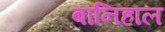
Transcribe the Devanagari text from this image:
बानिहाल